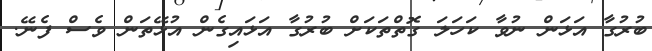
ބުރުގާ އަޅަން ނުވާ ކަހަލަ ގޮތްތަކަށް ބުރުގާ އަޅައިގެން އުޅޭތަން ވެސް ފެނޭ.